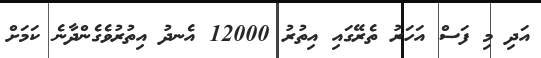
އަދި މި ފަސް އަހަރު ތެރޭގައި އިތުރު 12000 އެނދު އިތުރުވެގެންދާނެ ކަމަށް